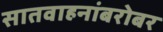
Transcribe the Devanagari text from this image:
सातवाहनांबरोबर